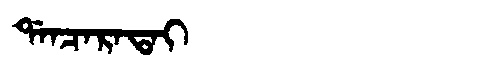
Manchu: ᡩᠠᠨᠴᠠᡵᠠᡨᠠᡳ
Romanization: DANCARATAI